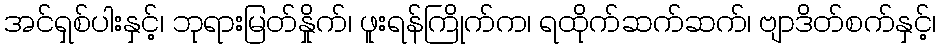
အင်ရှစ်ပါးနှင့်၊ ဘုရားမြတ်နှိုက်၊ ဖူးရန်ကြိုက်က၊ ရထိုက်ဆက်ဆက်၊ ဗျာဒိတ်စက်နှင့်၊